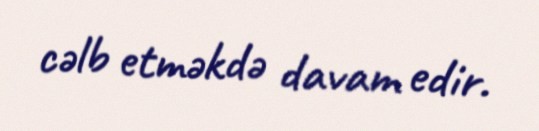
cəlb etməkdə davam edir.